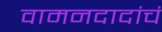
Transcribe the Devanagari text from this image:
वामनदादांचं